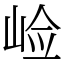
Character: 崄